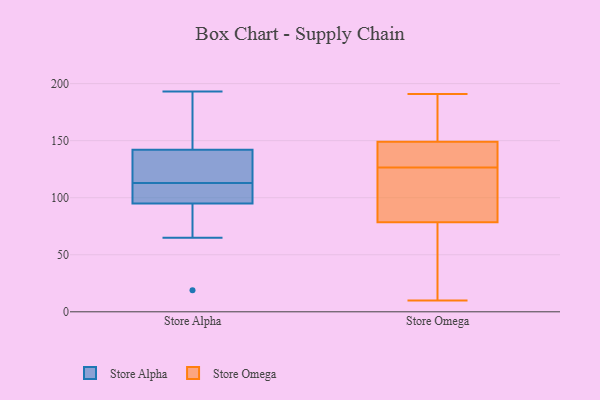
{"axis": {"x": "Active Users", "y": "Value"}, "legend": ["Store Alpha", "Store Omega"], "data": [{"x": "", "y": 181, "type": "Store Alpha"}, {"x": "", "y": 109, "type": "Store Alpha"}, {"x": "", "y": 104, "type": "Store Alpha"}, {"x": "", "y": 141, "type": "Store Alpha"}, {"x": "", "y": 128, "type": "Store Alpha"}, {"x": "", "y": 112, "type": "Store Alpha"}, {"x": "", "y": 87, "type": "Store Alpha"}, {"x": "", "y": 96, "type": "Store Alpha"}, {"x": "", "y": 136, "type": "Store Alpha"}, {"x": "", "y": 19, "type": "Store Alpha"}, {"x": "", "y": 171, "type": "Store Alpha"}, {"x": "", "y": 65, "type": "Store Alpha"}, {"x": "", "y": 92, "type": "Store Alpha"}, {"x": "", "y": 129, "type": "Store Alpha"}, {"x": "", "y": 113, "type": "Store Alpha"}, {"x": "", "y": 193, "type": "Store Alpha"}, {"x": "", "y": 145, "type": "Store Alpha"}, {"x": "", "y": 149, "type": "Store Omega"}, {"x": "", "y": 85, "type": "Store Omega"}, {"x": "", "y": 147, "type": "Store Omega"}, {"x": "", "y": 133, "type": "Store Omega"}, {"x": "", "y": 72, "type": "Store Omega"}, {"x": "", "y": 10, "type": "Store Omega"}, {"x": "", "y": 149, "type": "Store Omega"}, {"x": "", "y": 134, "type": "Store Omega"}, {"x": "", "y": 137, "type": "Store Omega"}, {"x": "", "y": 16, "type": "Store Omega"}, {"x": "", "y": 117, "type": "Store Omega"}, {"x": "", "y": 191, "type": "Store Omega"}, {"x": "", "y": 50, "type": "Store Omega"}, {"x": "", "y": 65, "type": "Store Omega"}, {"x": "", "y": 185, "type": "Store Omega"}, {"x": "", "y": 177, "type": "Store Omega"}, {"x": "", "y": 173, "type": "Store Omega"}, {"x": "", "y": 118, "type": "Store Omega"}, {"x": "", "y": 96, "type": "Store Omega"}, {"x": "", "y": 120, "type": "Store Omega"}]}